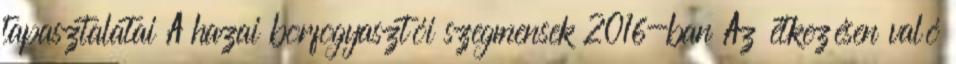
tapasztalatai A hazai borfogyasztói szegmensek 2016-ban Az étkezésen való